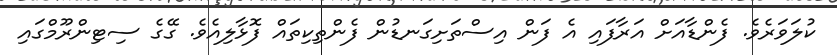
ކުލަވަރެވެ. ފެންޑާއަށް އަރާފައި އެ ފަން އިސްތަށިގަނޑުން ފެންތިކިތައް ފޮޅާލިއެވެ. ގޭގެ ސިޓިންރޫމްގައި